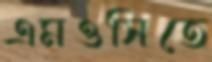
এমওসিতে